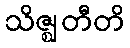
သိဇ္ဈတီတိ